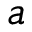
a